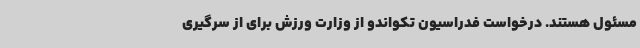
مسئول هستند. درخواست فدراسیون تکواندو از وزارت ورزش برای از سرگیری